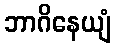
ဘာဂိနေယျံ